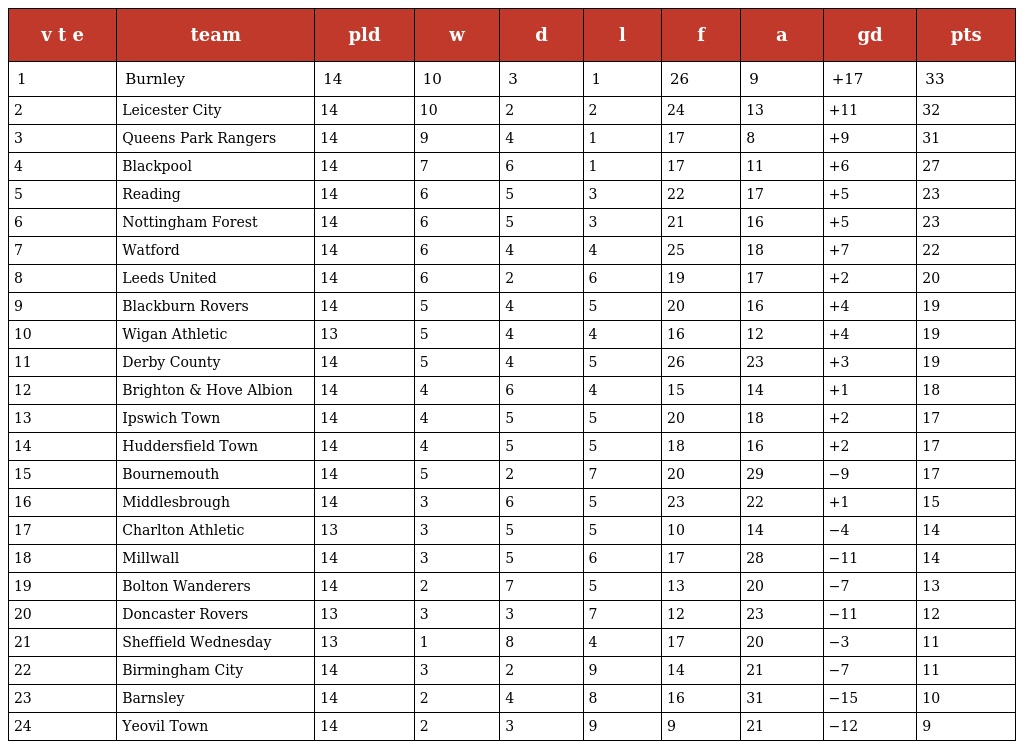
| v t e | team | pld | w | d | l | f | a | gd | pts |
 | --- | --- | --- | --- | --- | --- | --- | --- | --- | --- |
 | 1 | Burnley | 14 | 10 | 3 | 1 | 26 | 9 | +17 | 33 |
 | 2 | Leicester City | 14 | 10 | 2 | 2 | 24 | 13 | +11 | 32 |
 | 3 | Queens Park Rangers | 14 | 9 | 4 | 1 | 17 | 8 | +9 | 31 |
 | 4 | Blackpool | 14 | 7 | 6 | 1 | 17 | 11 | +6 | 27 |
 | 5 | Reading | 14 | 6 | 5 | 3 | 22 | 17 | +5 | 23 |
 | 6 | Nottingham Forest | 14 | 6 | 5 | 3 | 21 | 16 | +5 | 23 |
 | 7 | Watford | 14 | 6 | 4 | 4 | 25 | 18 | +7 | 22 |
 | 8 | Leeds United | 14 | 6 | 2 | 6 | 19 | 17 | +2 | 20 |
 | 9 | Blackburn Rovers | 14 | 5 | 4 | 5 | 20 | 16 | +4 | 19 |
 | 10 | Wigan Athletic | 13 | 5 | 4 | 4 | 16 | 12 | +4 | 19 |
 | 11 | Derby County | 14 | 5 | 4 | 5 | 26 | 23 | +3 | 19 |
 | 12 | Brighton & Hove Albion | 14 | 4 | 6 | 4 | 15 | 14 | +1 | 18 |
 | 13 | Ipswich Town | 14 | 4 | 5 | 5 | 20 | 18 | +2 | 17 |
 | 14 | Huddersfield Town | 14 | 4 | 5 | 5 | 18 | 16 | +2 | 17 |
 | 15 | Bournemouth | 14 | 5 | 2 | 7 | 20 | 29 | −9 | 17 |
 | 16 | Middlesbrough | 14 | 3 | 6 | 5 | 23 | 22 | +1 | 15 |
 | 17 | Charlton Athletic | 13 | 3 | 5 | 5 | 10 | 14 | −4 | 14 |
 | 18 | Millwall | 14 | 3 | 5 | 6 | 17 | 28 | −11 | 14 |
 | 19 | Bolton Wanderers | 14 | 2 | 7 | 5 | 13 | 20 | −7 | 13 |
 | 20 | Doncaster Rovers | 13 | 3 | 3 | 7 | 12 | 23 | −11 | 12 |
 | 21 | Sheffield Wednesday | 13 | 1 | 8 | 4 | 17 | 20 | −3 | 11 |
 | 22 | Birmingham City | 14 | 3 | 2 | 9 | 14 | 21 | −7 | 11 |
 | 23 | Barnsley | 14 | 2 | 4 | 8 | 16 | 31 | −15 | 10 |
 | 24 | Yeovil Town | 14 | 2 | 3 | 9 | 9 | 21 | −12 | 9 |